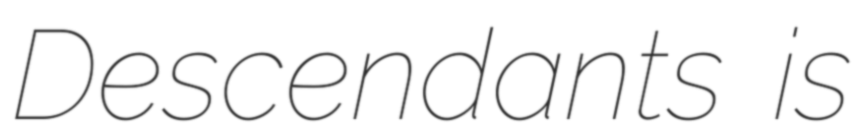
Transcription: Descendants is